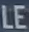
LE